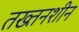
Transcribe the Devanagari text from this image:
तख्तनशीन